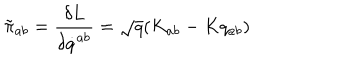
LaTeX: \tilde { \pi } _ { a b } = { \frac { \delta L } { \delta \dot { q } ^ { a b } } } = \sqrt { q } ( K _ { a b } - K q _ { a b } )